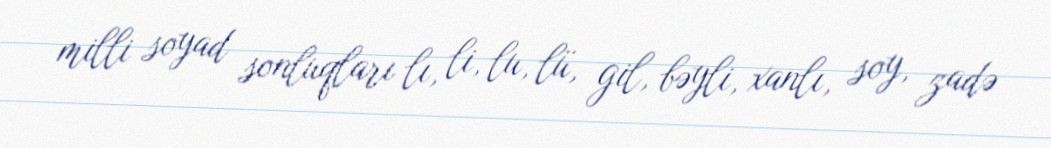
milli soyad sonluqları lı, li, lu, lü, gil, bəyli, xanlı, soy, zadə